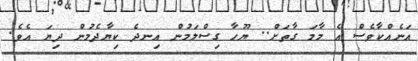
އަނެއްކާވެސް އެ މާމަ ގާތަށް.. ޔޫހާ ގިސްލަމުން އިނދެ ކިޔާދެމުން ދިޔަ އެވެ.